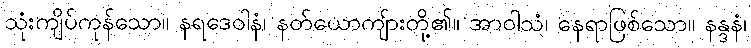
သုံးကျိပ်ကုန်သော။ နရဒေဝါနံ၊ နတ်ယောကျ်ားတို့၏။ အာဝါသံ၊ နေရာဖြစ်သော။ နန္ဒနံ၊